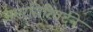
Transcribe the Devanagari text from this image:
अमरसिरिवर्दने